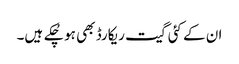
ان کے کئی گیت ریکارڈ بھی ہو چُکے ہیں۔